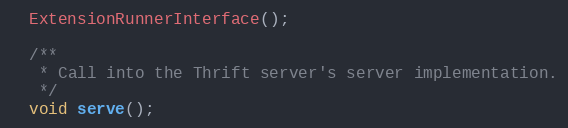
Language: C
  ExtensionRunnerInterface();

  /**
   * Call into the Thrift server's server implementation.
   */
  void serve();